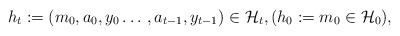
\begin{align*}h_t:=(m_0, a_0, y_0 \dotso, a_{t-1}, y_{t-1}) \in \mathcal{H}_t, (h_0:=m_0 \in \mathcal{H}_0),\end{align*}